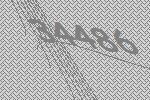
34486